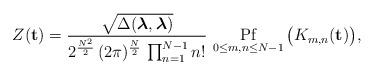
LaTeX: \begin{align*} Z(\mathbf{t}) = \frac{\sqrt{\Delta(\boldsymbol{\lambda},\boldsymbol{\lambda})}}{2^{\frac{N^2}{2}} \,(2\pi)^{\frac{N}{2}}\,\prod_{n = 1}^{N - 1} n!}\,\mathop{{\rm Pf}}_{0 \leq m,n \leq N - 1}\big(K_{m,n}(\mathbf{t})\big), \end{align*}